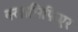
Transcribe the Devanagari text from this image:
क्लासिफिएर